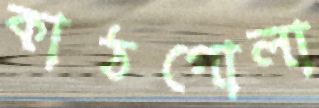
কাঠগোলা